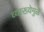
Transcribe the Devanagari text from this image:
व्याख्येमुळे